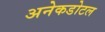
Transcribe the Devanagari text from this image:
अनेकडोटल